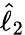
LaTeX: \hat{\ell}_{2}